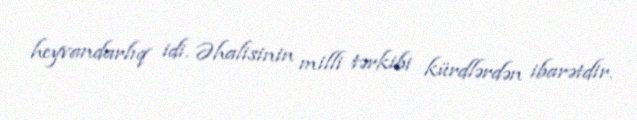
heyvandarlıq idi. Əhalisinin milli tərkibi kürdlərdən ibarətdir.